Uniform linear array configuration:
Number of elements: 32
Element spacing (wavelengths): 0.25
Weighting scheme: uniform
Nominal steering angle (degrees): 30
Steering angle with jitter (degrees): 28.541
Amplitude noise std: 0.05
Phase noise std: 0.05

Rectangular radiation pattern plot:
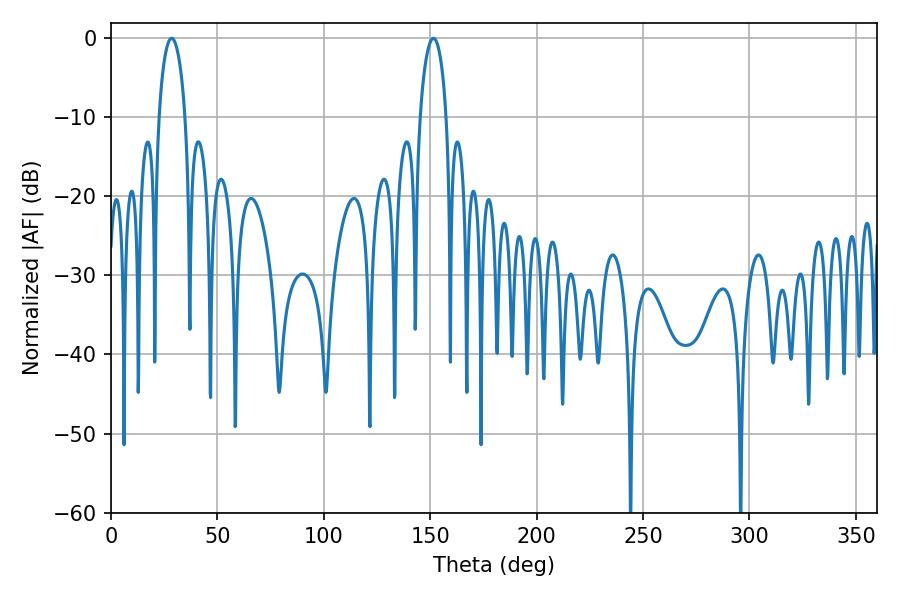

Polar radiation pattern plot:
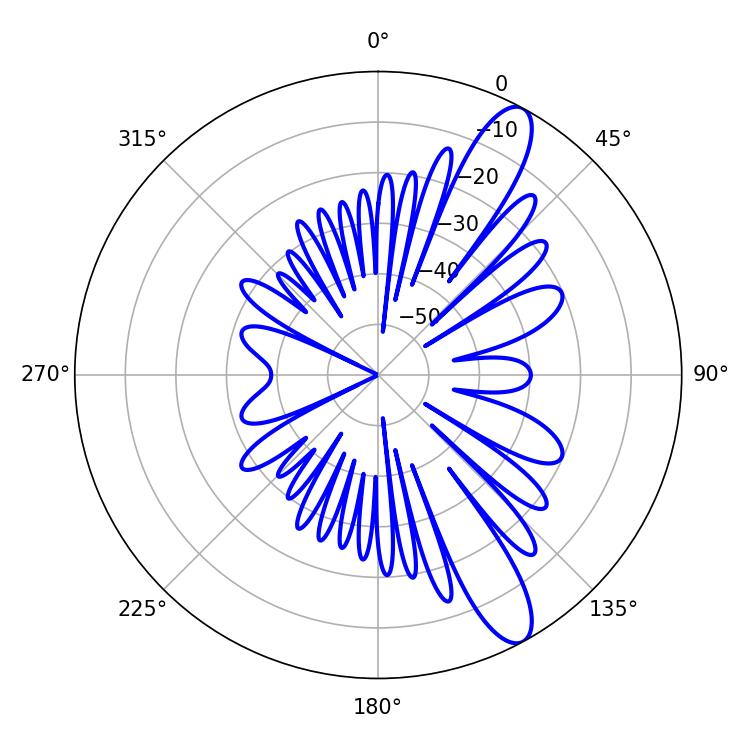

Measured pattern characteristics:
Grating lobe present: FALSE
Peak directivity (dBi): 11.697
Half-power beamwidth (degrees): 7.02
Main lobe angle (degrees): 28.44